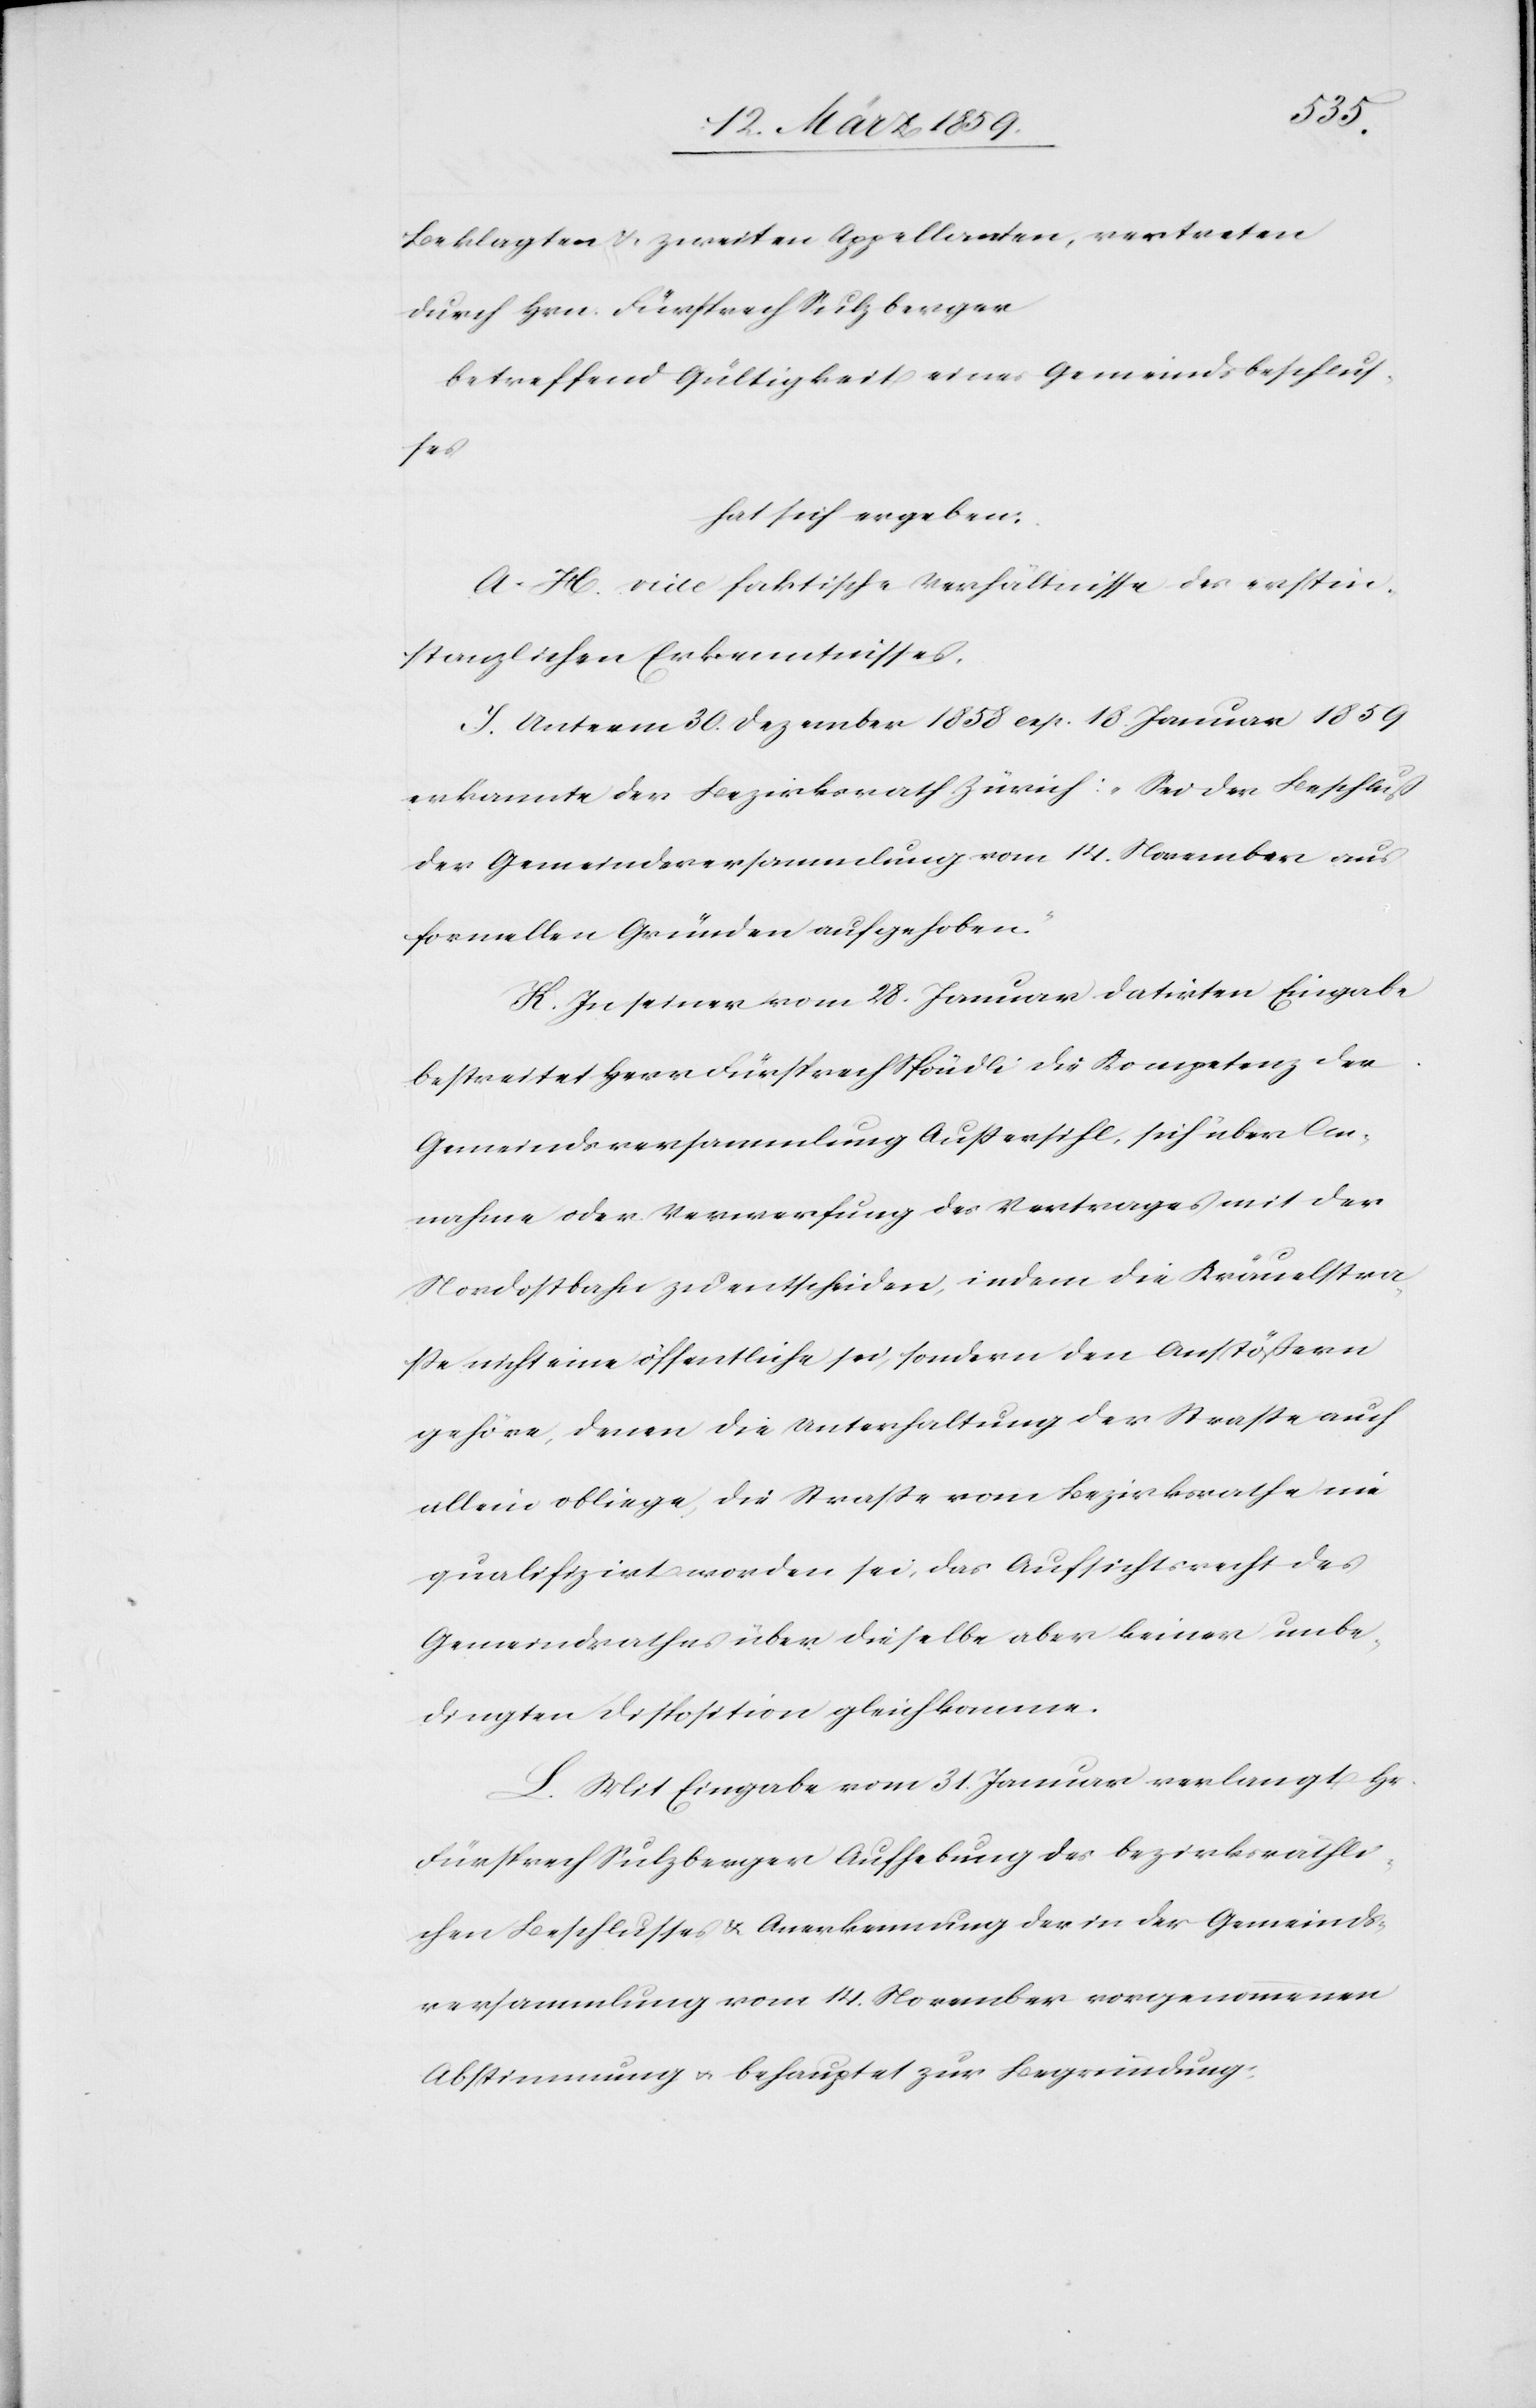
Beklagten & zweiten Appellanten, vertreten
durch Hrn. Fürsprech Sulzberger
betreffend Gültigkeit eines Gemeindsbeschlus¬
ses
hat sich ergeben:
A.–H. vide faktische Verhältnisse des erstin¬
stanzlichen Erkenntnisses.
J. Unterm 30. Dezember 1858 exp. 18. Januar 1859
erkannte der Bezirksrath Zürich: „Sei der Beschluß
der Gemeindsversammlung vom 14. November aus
formellen Gründen aufgehoben.“
K. In seiner vom 28. Januar datirten Eingabe
bestreitet Herr Fürsprech Spöndli die Kompetenz der
Gemeindsversammlung Außersihl, sich über An¬
nahme oder Verwerfung des Vertrages mit der
Nordostbahn zu entscheiden, indem die Kräuelstra¬
ße nicht eine öffentliche sei, sondern den Anstößern
gehöre, denen die Unterhaltung der Straße auch
allein obliege, die Straße vom Bezirksrathe nie
qualifizirt worden sei, das Aufsichtsrecht des
Gemeindrathes über dieselbe aber keiner unbe¬
dingten Disposition gleichkomme.
L. Mit Eingabe vom 31. Januar verlangt Hr.
Fürsprech Sulzberger Aufhebung des bezirksräthli¬
chen Beschlusses & Anerkennung der in der Gemeinds¬
versammlung vom 14. November vorgenommenen
Abstimmung u. behauptet zur Begründung: